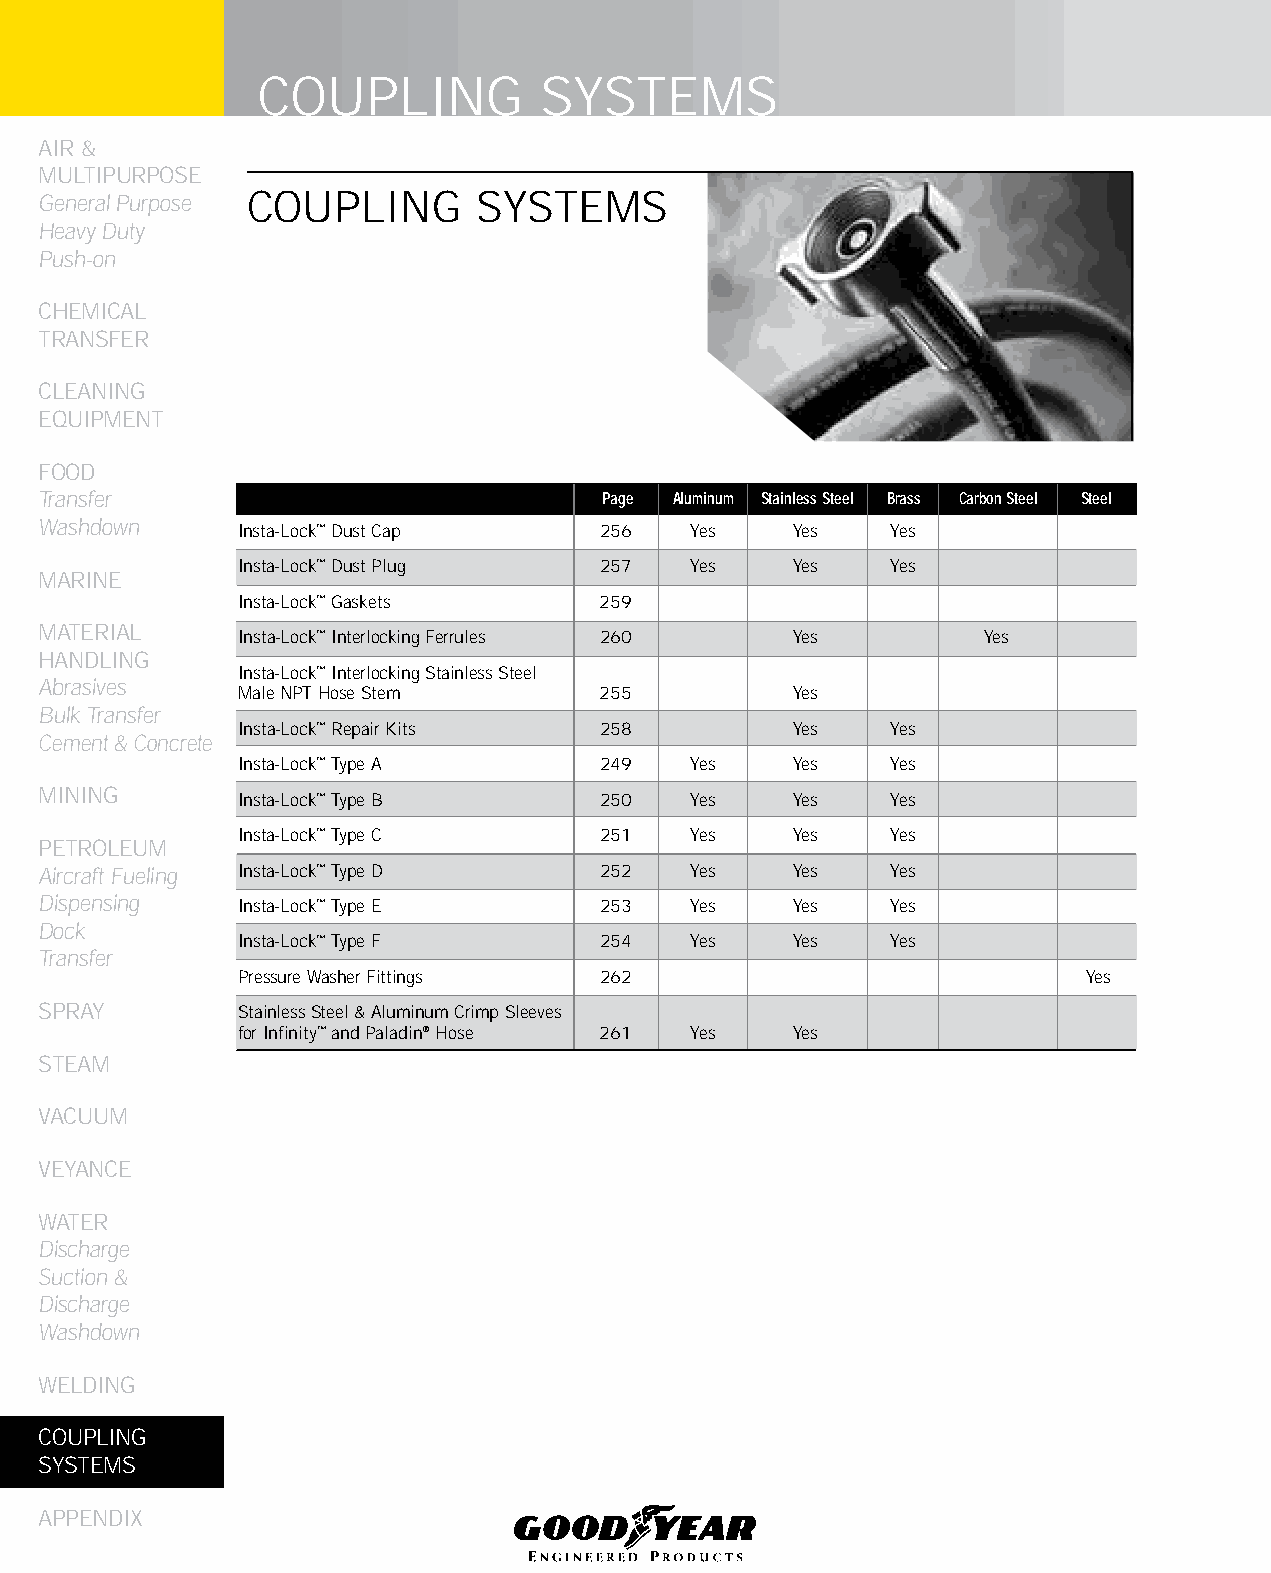
COUPLING           SYSTEMS
 AIR &
 MULTIPURPOSE
 General Purpose COUPLING     SYSTEMS
 Heavy Duty
 Push-on
 CHEMICAL
 TRANSFER
 CLEANING
 EqUIPMENT
 FOOD
 Transfer                             Page Aluminum Stainless Steel brass Carbon Steel Steel
 Washdown     Insta-Lock™ Dust Cap    256   Yes    Yes   Yes
 Insta-Lock™ Dust Plug   257   Yes    Yes   Yes
 MARINE
 Insta-Lock™ Gaskets     259
 MATERIAL
 Insta-Lock™ Interlocking Ferrules 260 Yes        Yes
 HANDLING
 Insta-Lock™ Interlocking Stainless Steel
 Abrasives
 Male NPT Hose Stem      255          Yes
 Bulk Transfer
 Insta-Lock™ Repair Kits 258          Yes   Yes
 Cement & Concrete
 Insta-Lock™ Type A      249   Yes    Yes   Yes
 MINING
 Insta-Lock™ Type B      250   Yes    Yes   Yes
 Insta-Lock™ Type C      251   Yes    Yes   Yes
 PETROLEUM
 Aircraft Fueling Insta-Lock™ Type D  252   Yes    Yes   Yes
 Dispensing   Insta-Lock™ Type E      253   Yes    Yes   Yes
 Dock
 Insta-Lock™ Type F      254   Yes    Yes   Yes
 Transfer
 Pressure Washer Fittings 262                            Yes
 SPRAY        Stainless Steel & Aluminum Crimp Sleeves
 for Infinity™ and Paladin® Hose 261 Yes Yes
 STEAM
 VACUUM
 VEYANCE
 WATER
 Discharge
 Suction &
 Discharge
 Washdown
 WELDING
 COUPLING
 SYSTEMS
 APPENDIX
 248